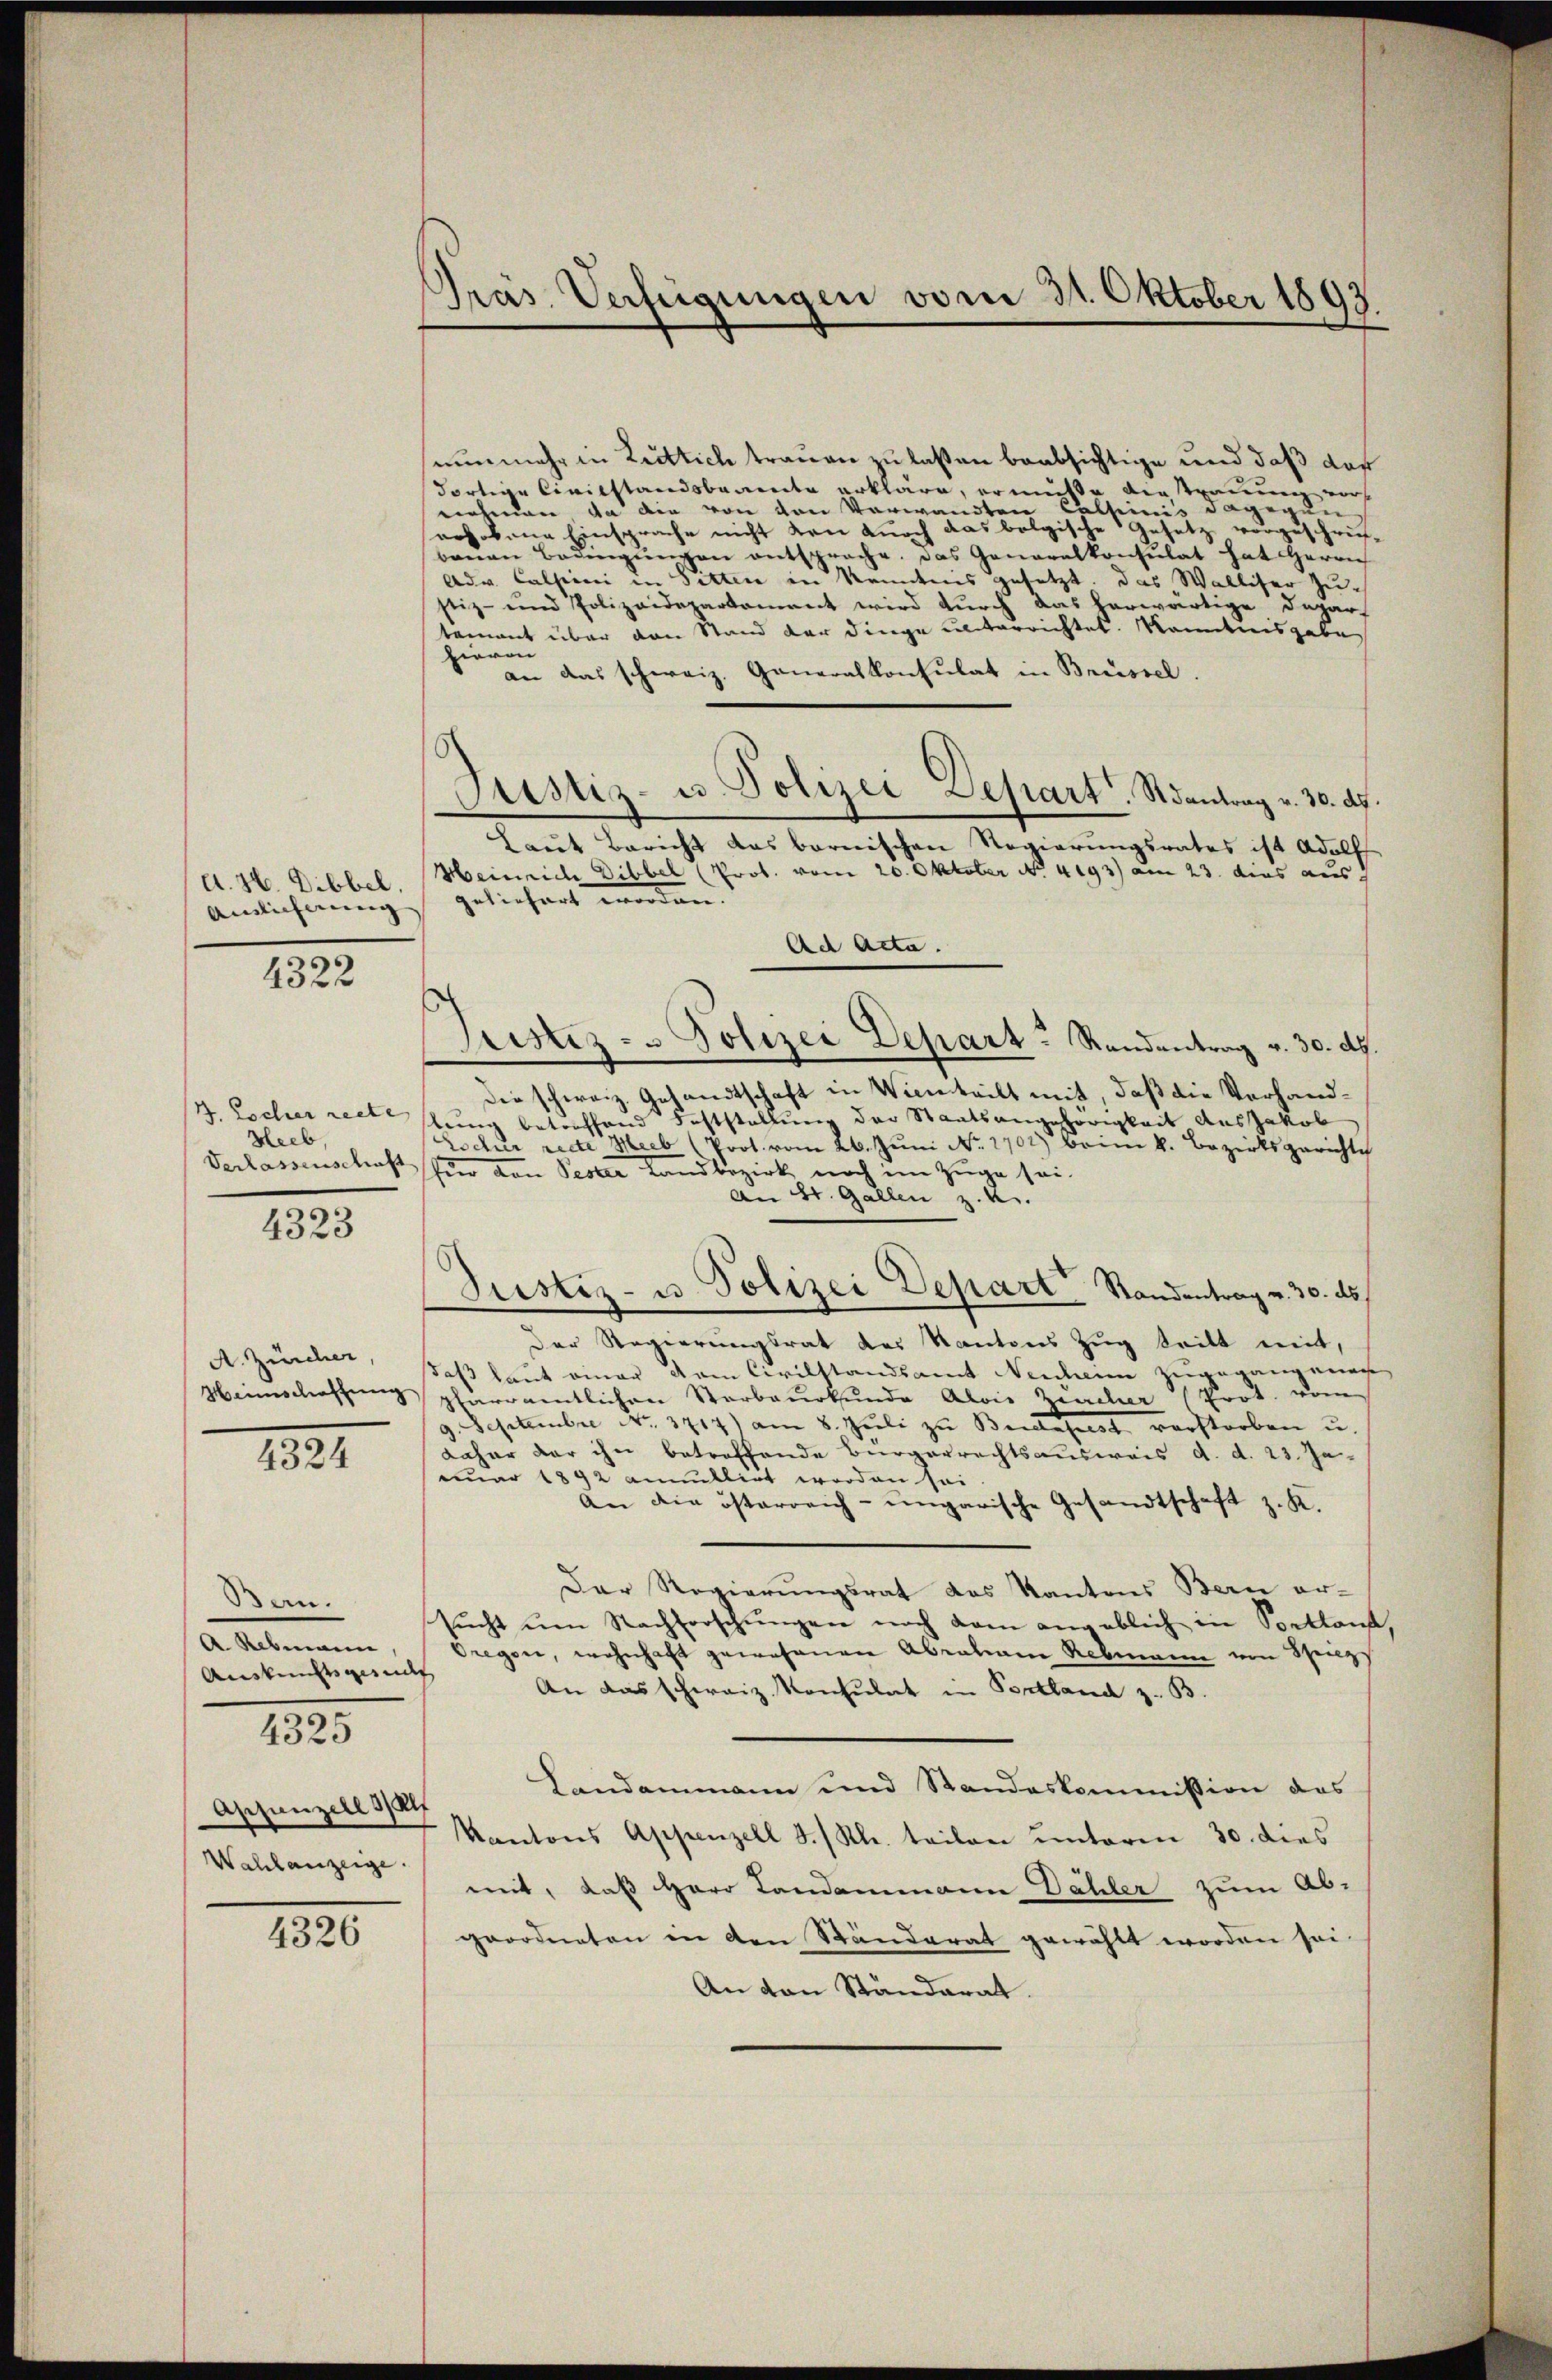
d. H. Dibbel,
Ainlicherung

4322

J. Escher recte
Heeb
Verlassenschaft

4323

A. Zürcher,
Heimschaffung

4324

Bern.
a Rebmann
Auskunftsgesucht
Appenzell al
Wahlanzeige.

4325

4326

Pras Verfügungen vom 31. Oktober 1893

nunmehr in Luttich trauen zu laßen beabsichtige und daß das
Fortige Civilstandsbawerden erkläre, er müsse Austrauung vors
nehmen, da die von den Verwandten Calsiinis dagegenerhobene Einsprache nicht von durch das bolgische Gesetz vorgeschrif-
benen Bedingŭngen entsprache. Das Generalkonsulat hat Herrn
Adv. Calsioni in Sitten in Kenntnis gesetzt. Das Walliser Zustiz- und Polizeidepartament wird durch das herwärtige Depart
tement über den Stand der Dinge unterrichtet. Kenntnisgabe
hieren
1 an das schweiz. Generalkonsulat in Brüssel.
Gustiz- u. Polizei Depart. Santrag v. 30. d.
Laŭt Bericht das barnischen Regierŭngsrates ist Adolf
Heinrich Dibbel (Prot. vom 20. Oktober No. 4193) am 23. dies aus
geliefert worden.
Ach Acta.
Justiz- u Polizei Depart - Randantrag v. 30. d.
Die schweiz. Gesandtschaft in Winteilt mit, daß die Vorhandlung betreffend Feststellung der Staatsangehörigkeit aus Jakob
Lochr recte Meeb (Prot. vom 26. Jŭni No. 1702) beim k. Bezirksgerichte
für den Pester Landbezirk noch im Zuge sei.
An St. Gallen z. K.
Justiz- u. Polizei Depart Standentrag v. 30. ds.
Der Regierungsrat des Kantons Zug tritt mit,
daß laut einer dem Civilstandsamt Neuheim zugegangenan
pfarramtlichen Sterbaŭrkŭnde Alois Zeicher (Prot. vom
9. Septembre No. 3717) am 8. Jŭli zu Budapest verstorben u
daher dar ihn betreffende Bürgerrechtsausweis d. d. 23. Ja-
uar 1892 annullirt worden sei
An die österreich-ungarische Gesandtschaft z. K.
Der Regierungsrat des Kantons Bern er-
sŭcht ŭm Nachforschŭngen noch dem angeblich in Spellans,
Oregen, wohnhaft gewesenen Abraham Rebmann von Strizs
An das schweiz. Konsulat in Portland z. B.
Landammann und Standeskommission das
Kantons Appenzell I/Rh. teilen unterm 30. dies
mit, daß Herr Landammann Dähler zum Ab-
geordneten in den Ständerat gewählt worden sei-
An von Ständerat.